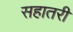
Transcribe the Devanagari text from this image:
सहातरी